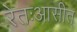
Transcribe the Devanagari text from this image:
रेतःआसीत्